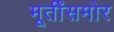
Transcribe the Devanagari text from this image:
मूर्तींसमोर